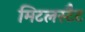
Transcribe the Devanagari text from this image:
मिटलस्टैट